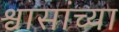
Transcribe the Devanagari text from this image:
श्वासांच्या